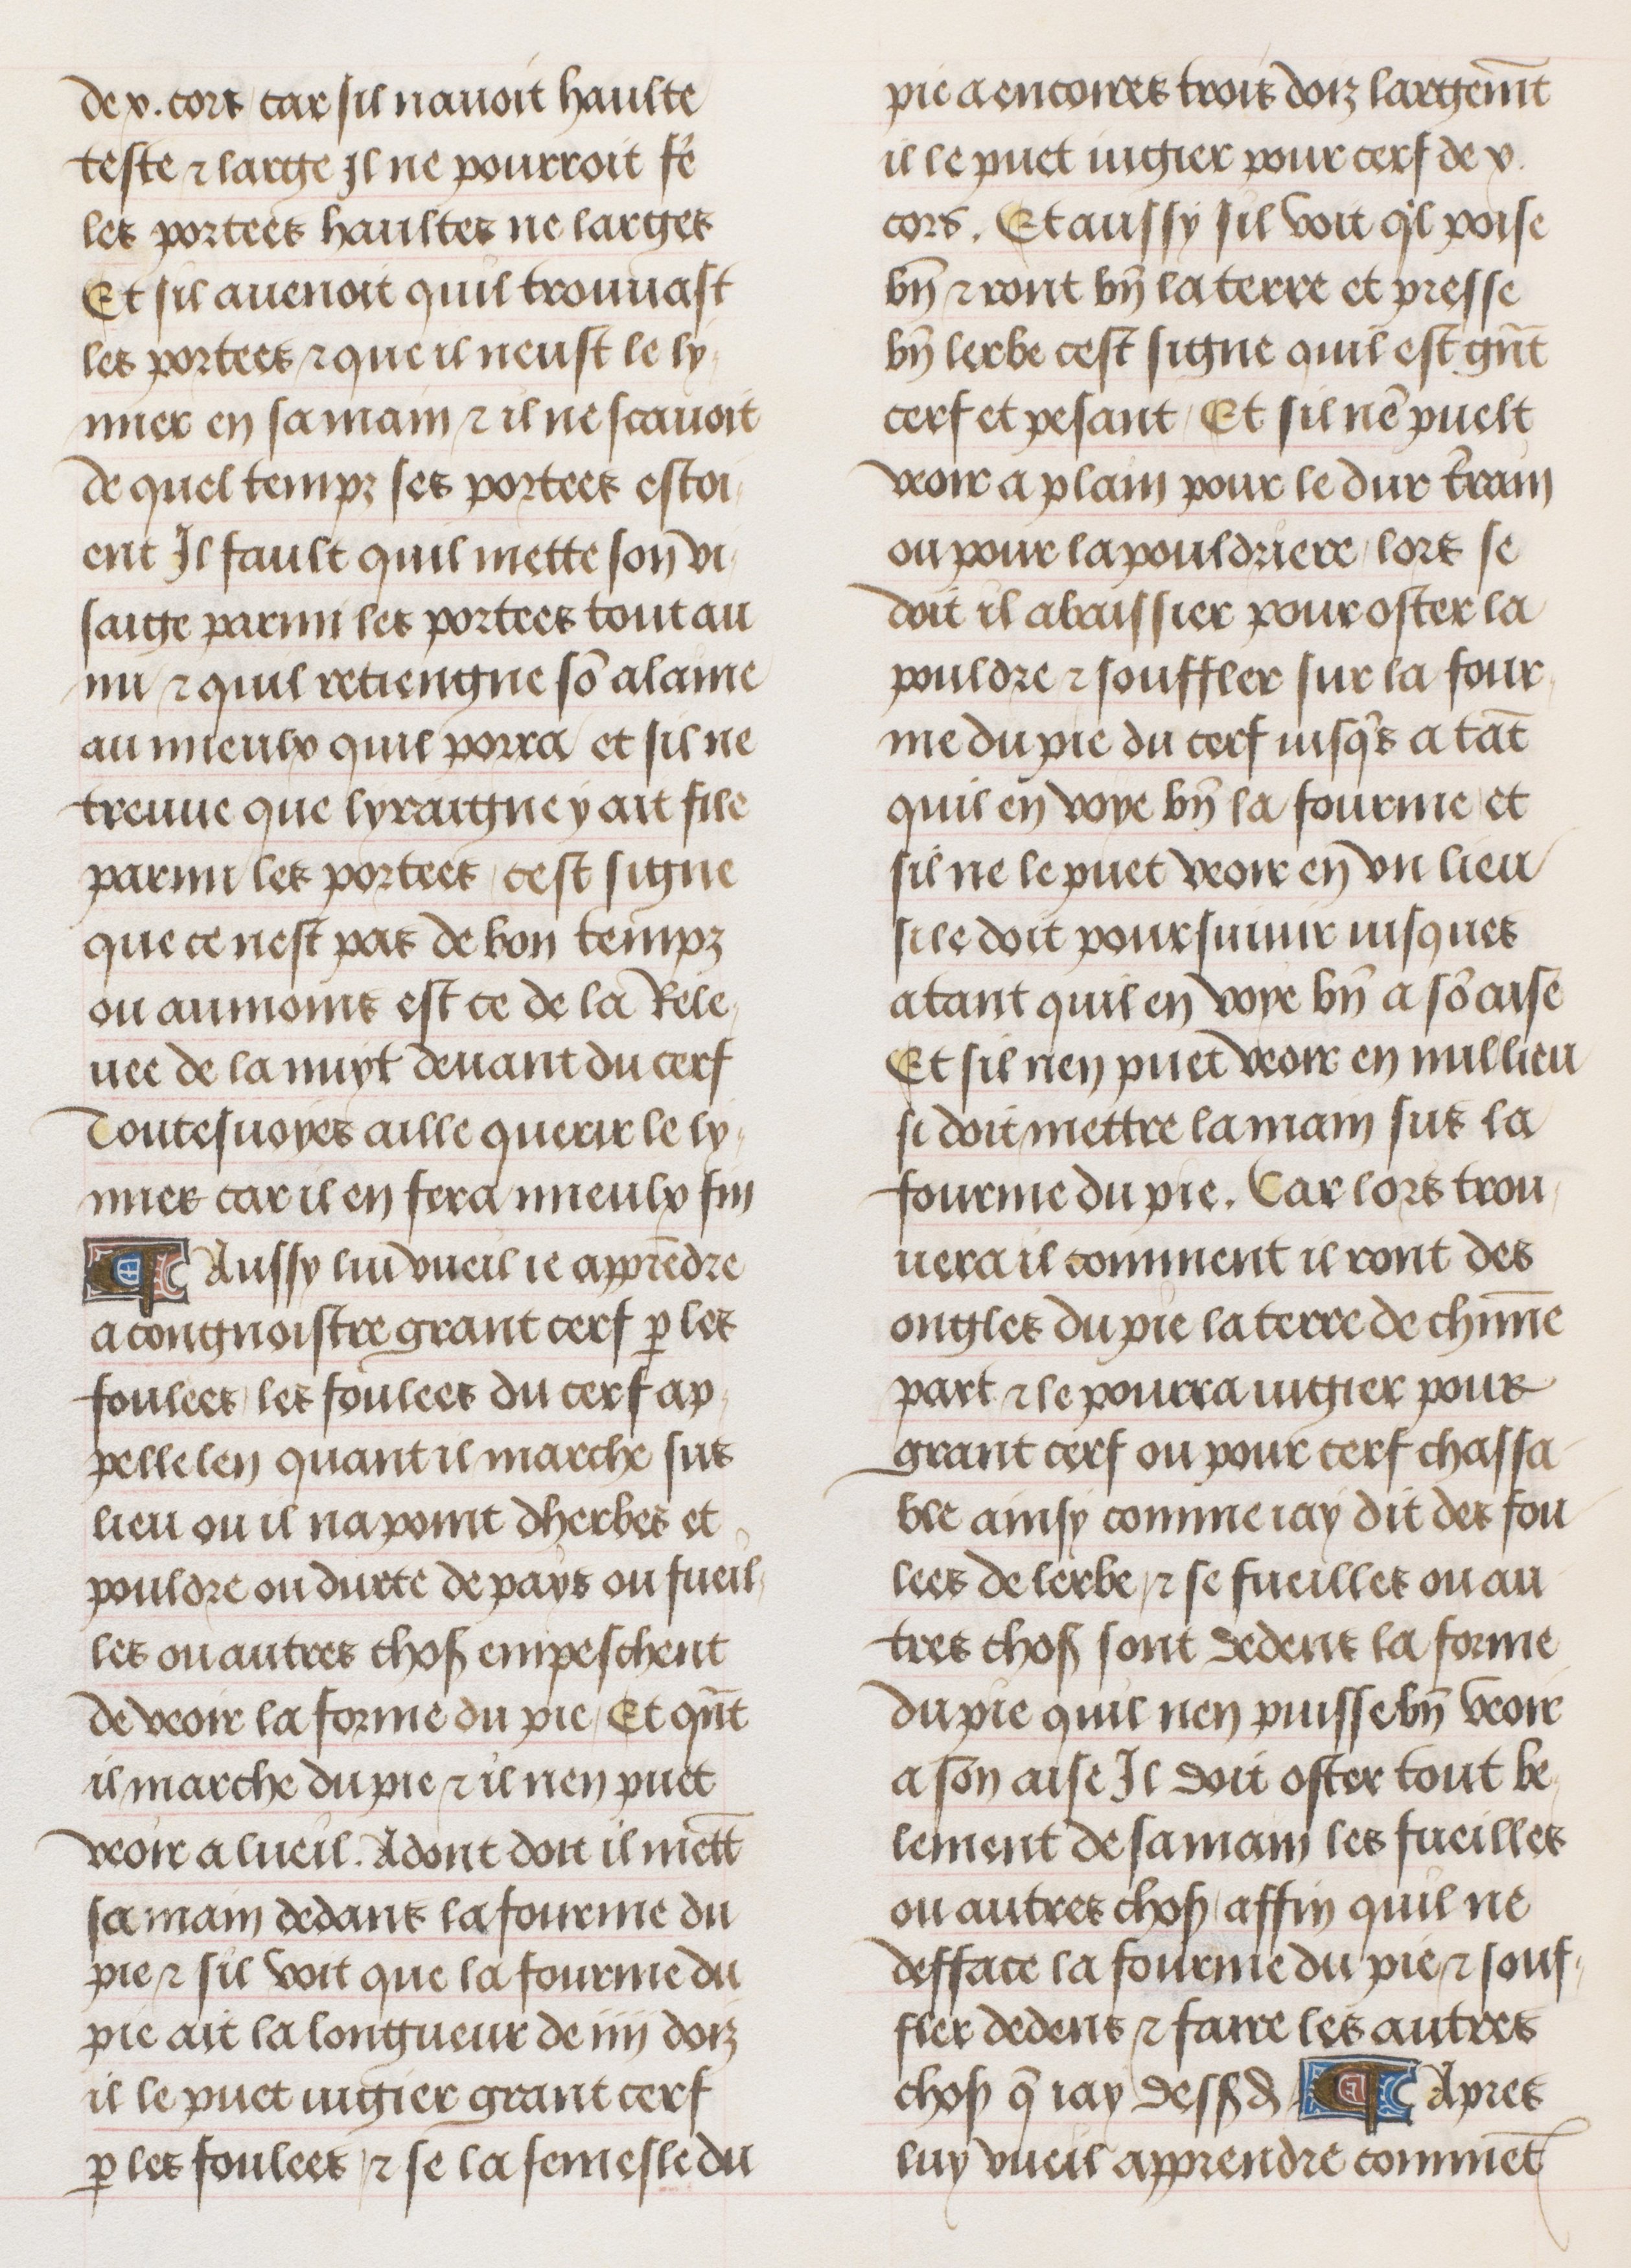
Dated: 1470–1500